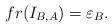
LaTeX: \begin{align*} fr(I_{B,A})=\varepsilon_B.\end{align*}